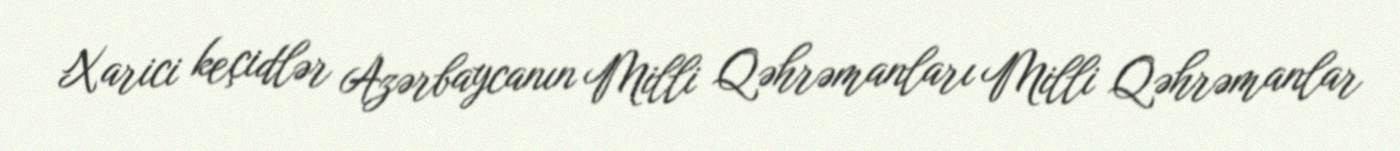
Xarici keçidlər Azərbaycanın Milli Qəhrəmanları Milli Qəhrəmanlar